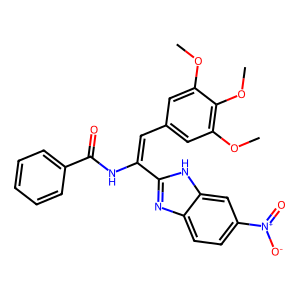
SMILES: COc1cc(C=C(NC(=O)c2ccccc2)c2nc3ccc([N+](=O)[O-])cc3[nH]2)cc(OC)c1OC
Inhibits HIV replication: No